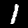
Digit: 1